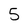
Character: 5